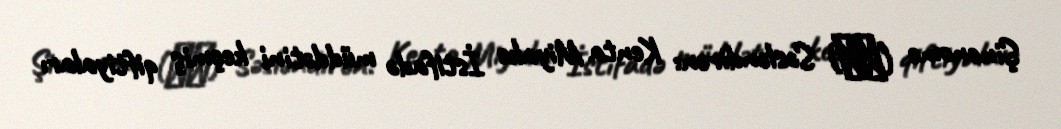
Şinonome (東雲) Səsləndirən: Kenta Miyake İstifadə müddətini keçmiş qiftiyaları